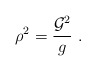
\begin{align*}\rho^2=\frac{{\cal G}^2}{g}\ . \end{align*}